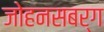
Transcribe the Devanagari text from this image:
जोहनसबर्ग